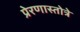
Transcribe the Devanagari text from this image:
प्रेरणास्तोत्रे